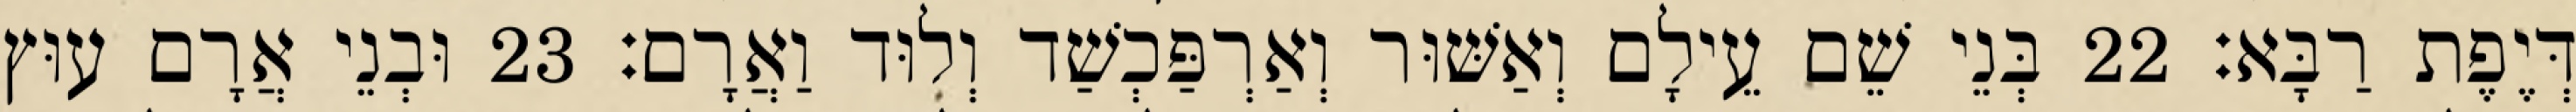
דְּיֶפֶת רַבָּא׃ 22 בְּנֵי שֵׁם עֵילָם וְאַשּׁוּר וְאַרְפַּכְשַׁד וְלוּד וַאֲרָם׃ 23 וּבְנֵי אֲרָם עוּץ